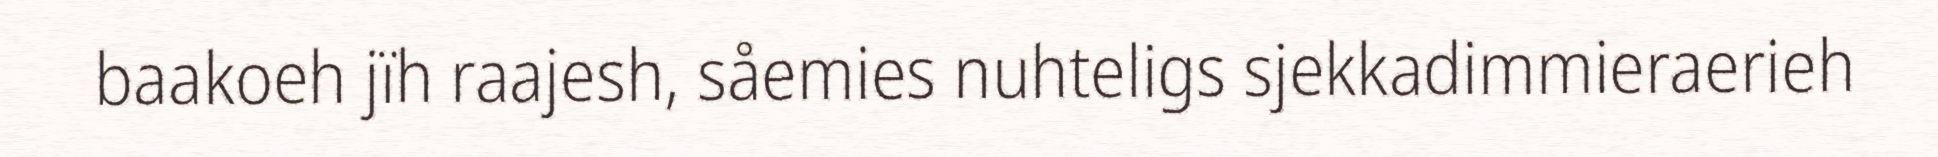
baakoeh jïh raajesh, såemies nuhteligs sjekkadimmieraerieh